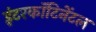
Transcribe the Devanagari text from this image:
इंटरकॉंटिनेंटल